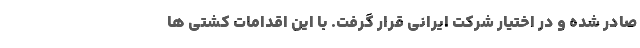
صادر شده و در اختیار شرکت ایرانی قرار گرفت. با این اقدامات کشتی ها